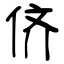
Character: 侪